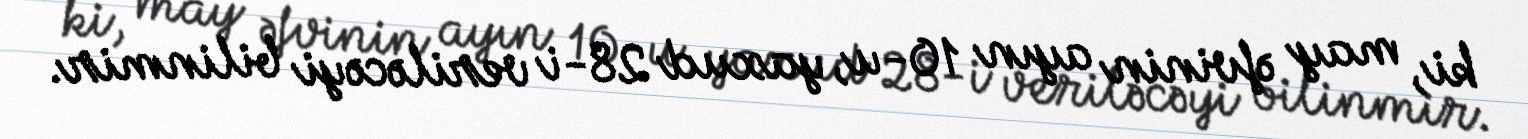
ki, may əfvinin ayın 10-u, yaxud 28-i veriləcəyi bilinmir.